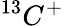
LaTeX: ^{13}C^{+}